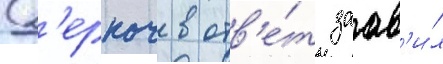
Д'еркач в отв'е́т заав'и́л